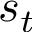
s _ { t }